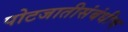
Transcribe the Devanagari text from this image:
पोटजातीसंबंधीच